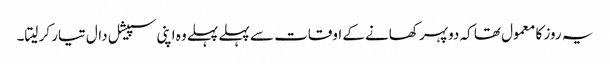
یہ روز کا معمول تھا کہ دوپہر کھانے کے اوقات سے پہلے پہلے وہ اپنی سپیشل دال تیار کر لیتا۔